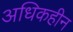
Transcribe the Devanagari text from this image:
अधिकहीन